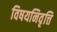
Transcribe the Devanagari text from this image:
विषयनिवृत्ति